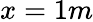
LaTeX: x=1m